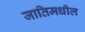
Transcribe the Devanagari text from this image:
जातिमधील